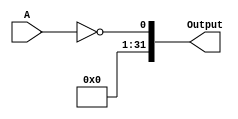
module NOT(A, Output);
    // Inputs
    input[31:0]A;

    // Outputs
    output reg[31:0]Output;

    // Main
    always@(A)
    begin
        // Output is logical NOT of A
        Output = !A;
    end
endmodule